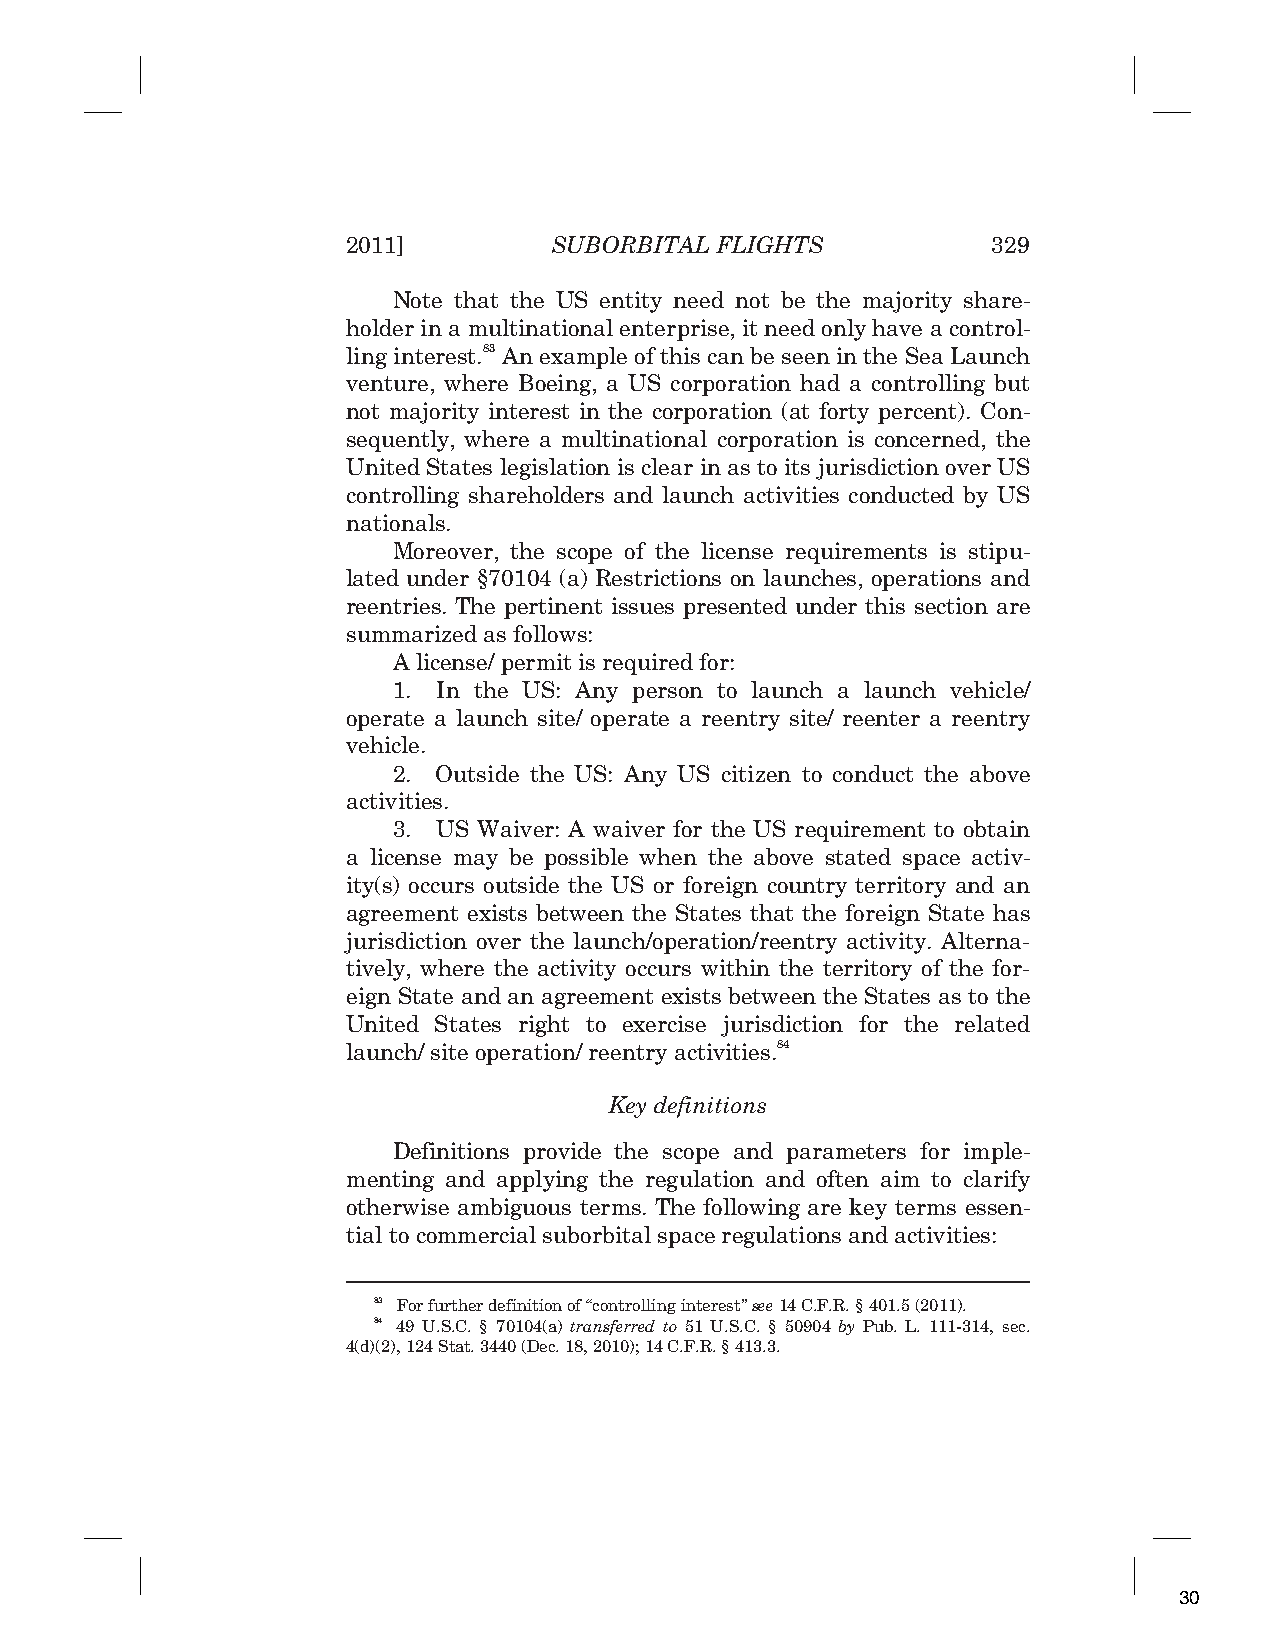
2011]         SUBORBITAL FLIGHTS           329
 Note that the US entity need not be the majority share-
 holder in a multinational enterprise, it need only have a control-
 ling interest.83 An example of this can be seen in the Sea Launch
 venture, where Boeing, a US corporation had a controlling but
 not majority interest in the corporation (at forty percent). Con-
 sequently, where a multinational corporation is concerned, the
 United States legislation is clear in as to its jurisdiction over US
 controlling shareholders and launch activities conducted by US
 nationals.
 Moreover, the scope of the license requirements is stipu-
 lated under §70104 (a) Restrictions on launches, operations and
 reentries. The pertinent issues presented under this section are
 summarized as follows:
 A license/ permit is required for:
 1. In the US: Any person to launch a launch vehicle/
 operate a launch site/ operate a reentry site/ reenter a reentry
 vehicle.
 2. Outside the US: Any US citizen to conduct the above
 activities.
 3. US Waiver: A waiver for the US requirement to obtain
 a license may be possible when the above stated space activ-
 ity(s) occurs outside the US or foreign country territory and an
 agreement exists between the States that the foreign State has
 jurisdiction over the launch/operation/reentry activity. Alterna-
 tively, where the activity occurs within the territory of the for-
 eign State and an agreement exists between the States as to the
 United States right to exercise jurisdiction for the related
 launch/ site operation/ reentry activities.84
 Key definitions
 Definitions provide the scope and parameters for imple-
 menting and applying the regulation and often aim to clarify
 otherwise ambiguous terms. The following are key terms essen-
 tial to commercial suborbital space regulations and activities:
 83 For further definition of “controlling interest” see 14 C.F.R. § 401.5 (2011).
 84 49 U.S.C. § 70104(a) transferred to 51 U.S.C. § 50904 by Pub. L. 111-314, sec.
 4(d)(2), 124 Stat. 3440 (Dec. 18, 2010); 14 C.F.R. § 413.3.
 30